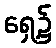
ရှေ့၌